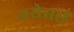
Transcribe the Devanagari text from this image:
असेसर्स